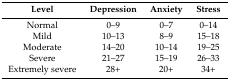
<table><thead><tr><td><b>Level</b></td><td><b>Depression</b></td><td><b>Anxiety</b></td><td><b>Stress</b></td></tr></thead><tbody><tr><td>Normal</td><td>0–9</td><td>0–7</td><td>0–14</td></tr><tr><td>Mild</td><td>10–13</td><td>8–9</td><td>15–18</td></tr><tr><td>Moderate</td><td>14–20</td><td>10–14</td><td>19–25</td></tr><tr><td>Severe</td><td>21–27</td><td>15–19</td><td>26–33</td></tr><tr><td>Extremely severe</td><td>28+</td><td>20+</td><td>34+</td></tr></tbody></table>